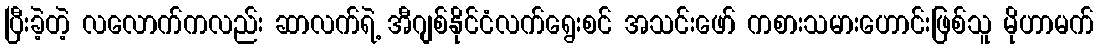
ပြီးခဲ့တဲ့ လလောက်ကလည်း ဆာလက်ရဲ့ အီဂျစ်နိုင်ငံလက်ရွေးစင် အသင်းဖော် ကစားသမားဟောင်းဖြစ်သူ မိုဟာမက်